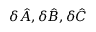
\delta { \hat { A } } { , } \, \delta { \hat { B } } { , } \, \delta { \hat { C } }